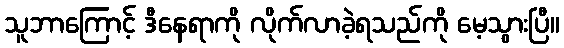
သူဘာကြောင့် ဒီနေရာကို လိုက်လာခဲ့ရသည်ကို မေ့သွားပြီ။